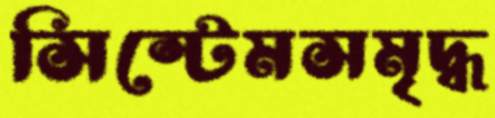
সিস্টেমসমৃদ্ধ